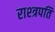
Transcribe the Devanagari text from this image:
राश्त्रपति